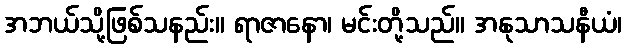
အဘယ်သို့ဖြစ်သနည်း။ ရာဇာနော၊ မင်းတို့သည်။ အနုသာသနီယံ၊